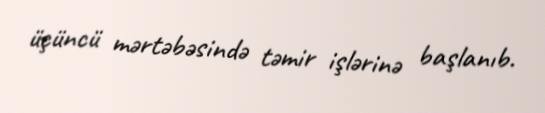
üçüncü mərtəbəsində təmir işlərinə başlanıb.